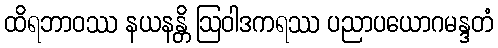
ထိရဘာဝဿ နယနန္တိ ဩဝါဒကရဿ ပညာပယောဂမန္ဒတံ